Leaving Certificate Examination, 1915
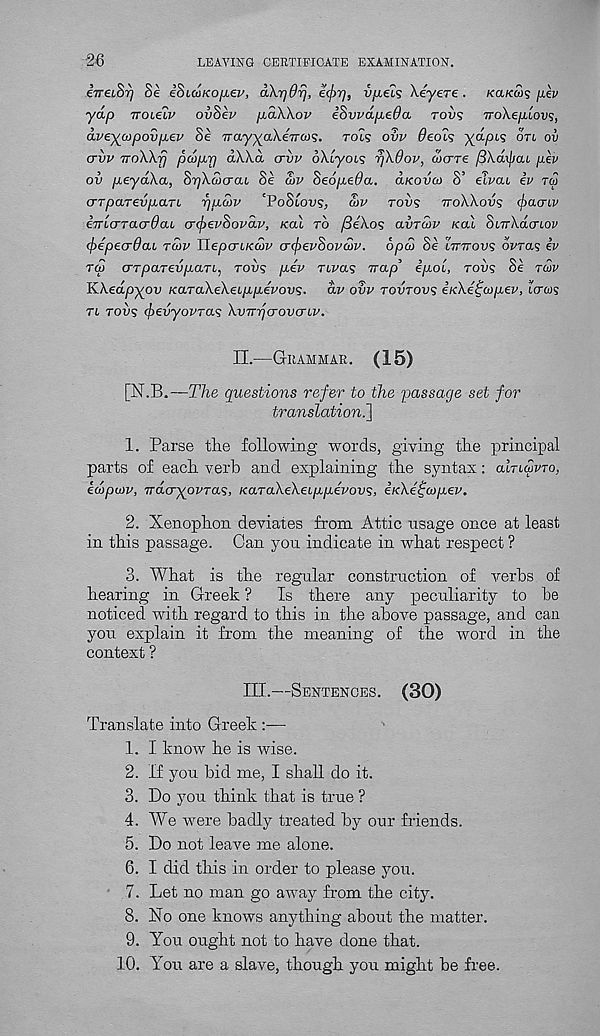
26
LEAVING CERTIFICATE EXAMINATION.
eTreioi] be ebuoKOfiev, akyjur), e<pr), viiecs keyere .
KaKco^ jiev
yap Troieiv ovSev paWov i8vpdpeda rovs iroXeplovs,
dveyojpov/iev Se -Tray^aXeVcos. rots ovv 0eoi<; ya.pis ort ov
crvv TToWfj pcop^rj aXXd ariiv oXcyocs rfkdov, wcrTe pXdxjjai pev
ov peydXa, $7]Xd)craL Se d>v Seopeda. d/couai S’ elvai iv ra
crTparevpaTL ppcov 'PoStous, a>v TOVS TTOXXOVS (f>a<Tiv
iTTLcrTacrdab crcfievSovdv, Kal TO fieXos avrwv /cal SbTrXdtjLOV
<f>epe(r9aL TCOV JlepcnKcov cnfcevSovdv. opco Se LTTTTOVS oVras iv
T<£ err pared pan, TOVS pev nva? Trap ipoi, rovs Se TUV
KXedpyov KaTaXeXeippevovs. dv ovv TOVTOVS itcXe^copev, laws
Ti TODS (frevyovras XvTrrjcrovcrbv.
II.—GRAMMAR. (15)
[N.B.—T7ie questions refer to the passage set for
translation.']
1. Parse the following words, giving the principal
parts of each verb and explaining the syntax: alnuvTo,
ed>pu)v, rrdayovTas, KaTaXeXebppevovs, iieXe^wpev.
2. Xenophon deviates from Attic usage once at least
in this passage. Can you indicate in what respect ?
3. What is the regular construction of verbs of
hearing in Greek ? Is there any peculiarity to be
noticed with regard to this in the above passage, and can
you explain it from the meaning of the word in the
context ?
III.—SENTENCES. (30)
Translate into Greek :—•
1. I know he is wise.
2. If you bid me, I shall do it.
3. Do you think that is true ?
4. We were badly treated by our friends.
5. Do not leave me alone.
6. I did this in order to please you.
7. Let no man go away from the city.
8. No one knows anything about the matter.
9. You ought not to have done that.
10.
You are a slave, thou